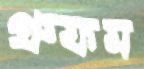
প্রুফম